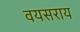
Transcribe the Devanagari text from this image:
वयसराय